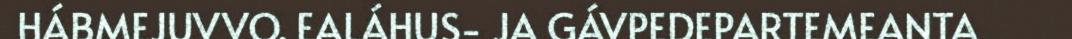
HÁBMEJUVVO. EALÁHUS- JA GÁVPEDEPARTEMEANTA